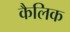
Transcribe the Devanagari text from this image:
कैलिक